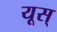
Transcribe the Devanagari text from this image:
यूस्